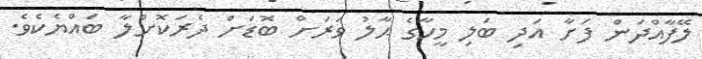
ލޭފާއްދަން ފަށާ އަދި ބަލި މީހާގެ ޙާލު ވަރަށް ބޮޑަށް ދެރަކޮށްލާ ބައްޔެކެވެ.